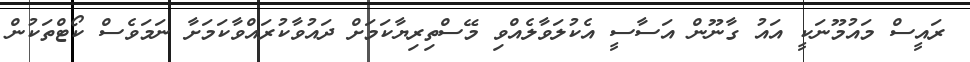
ރައީސް މަައުމޫނަކީ އައު ގާނޫން އަސާސީ އެކުލަވާލެއްވި މޭސްތިރިޔާކަަމަށް ދައުވާކުރައްވާކަމަށާ ނަމަވެސް ކޯޓްތަކުން